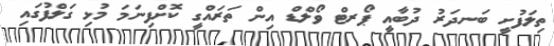
ތިލަފުށީ ބަނދަރު ދުބާއީ ޕޯރޓް ވޯލްޑް އިން ތަރައްގީ ކޮށްފިނަމަ މުޅި ގަލްފުގައި